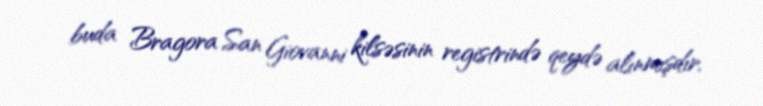
buda Bragora San Giovanni kilsəsinin registrində qeydə alınmışdır.